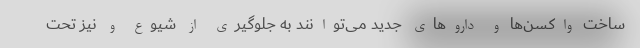
ساخت واکسن‌ها و داروهای جدید می‌توانند به جلوگیری از شیوع و نیز تحت